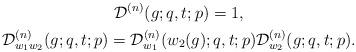
LaTeX: \begin{gather*}{\cal D}^{(n)}_{}(g;q,t;p)=1,\\{\cal D}^{(n)}_{w_1w_2}(g;q,t;p)={\cal D}^{(n)}_{w_1}(w_2(g);q,t;p){\cal D}^{(n)}_{w_2}(g;q,t;p).\end{gather*}